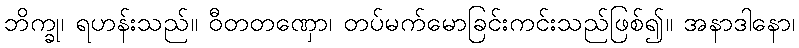
ဘိက္ခု၊ ရဟန်းသည်။ ဝီတတဏှော၊ တပ်မက်မောခြင်းကင်းသည်ဖြစ်၍။ အနာဒါနော၊